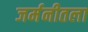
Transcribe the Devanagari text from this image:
जर्मनीतला